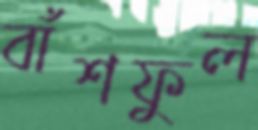
বাঁশফুল